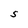
Character: S